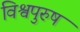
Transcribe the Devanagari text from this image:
विश्वपुरुष